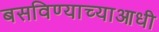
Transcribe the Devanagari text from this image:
बसविण्याच्याआधी